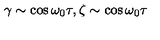
\gamma \sim \cos \omega _ { 0 } \tau , \zeta \sim \cos \omega _ { 0 } \tau